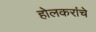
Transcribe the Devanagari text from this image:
होलकरांचे